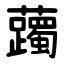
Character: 䕽